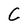
Character: C